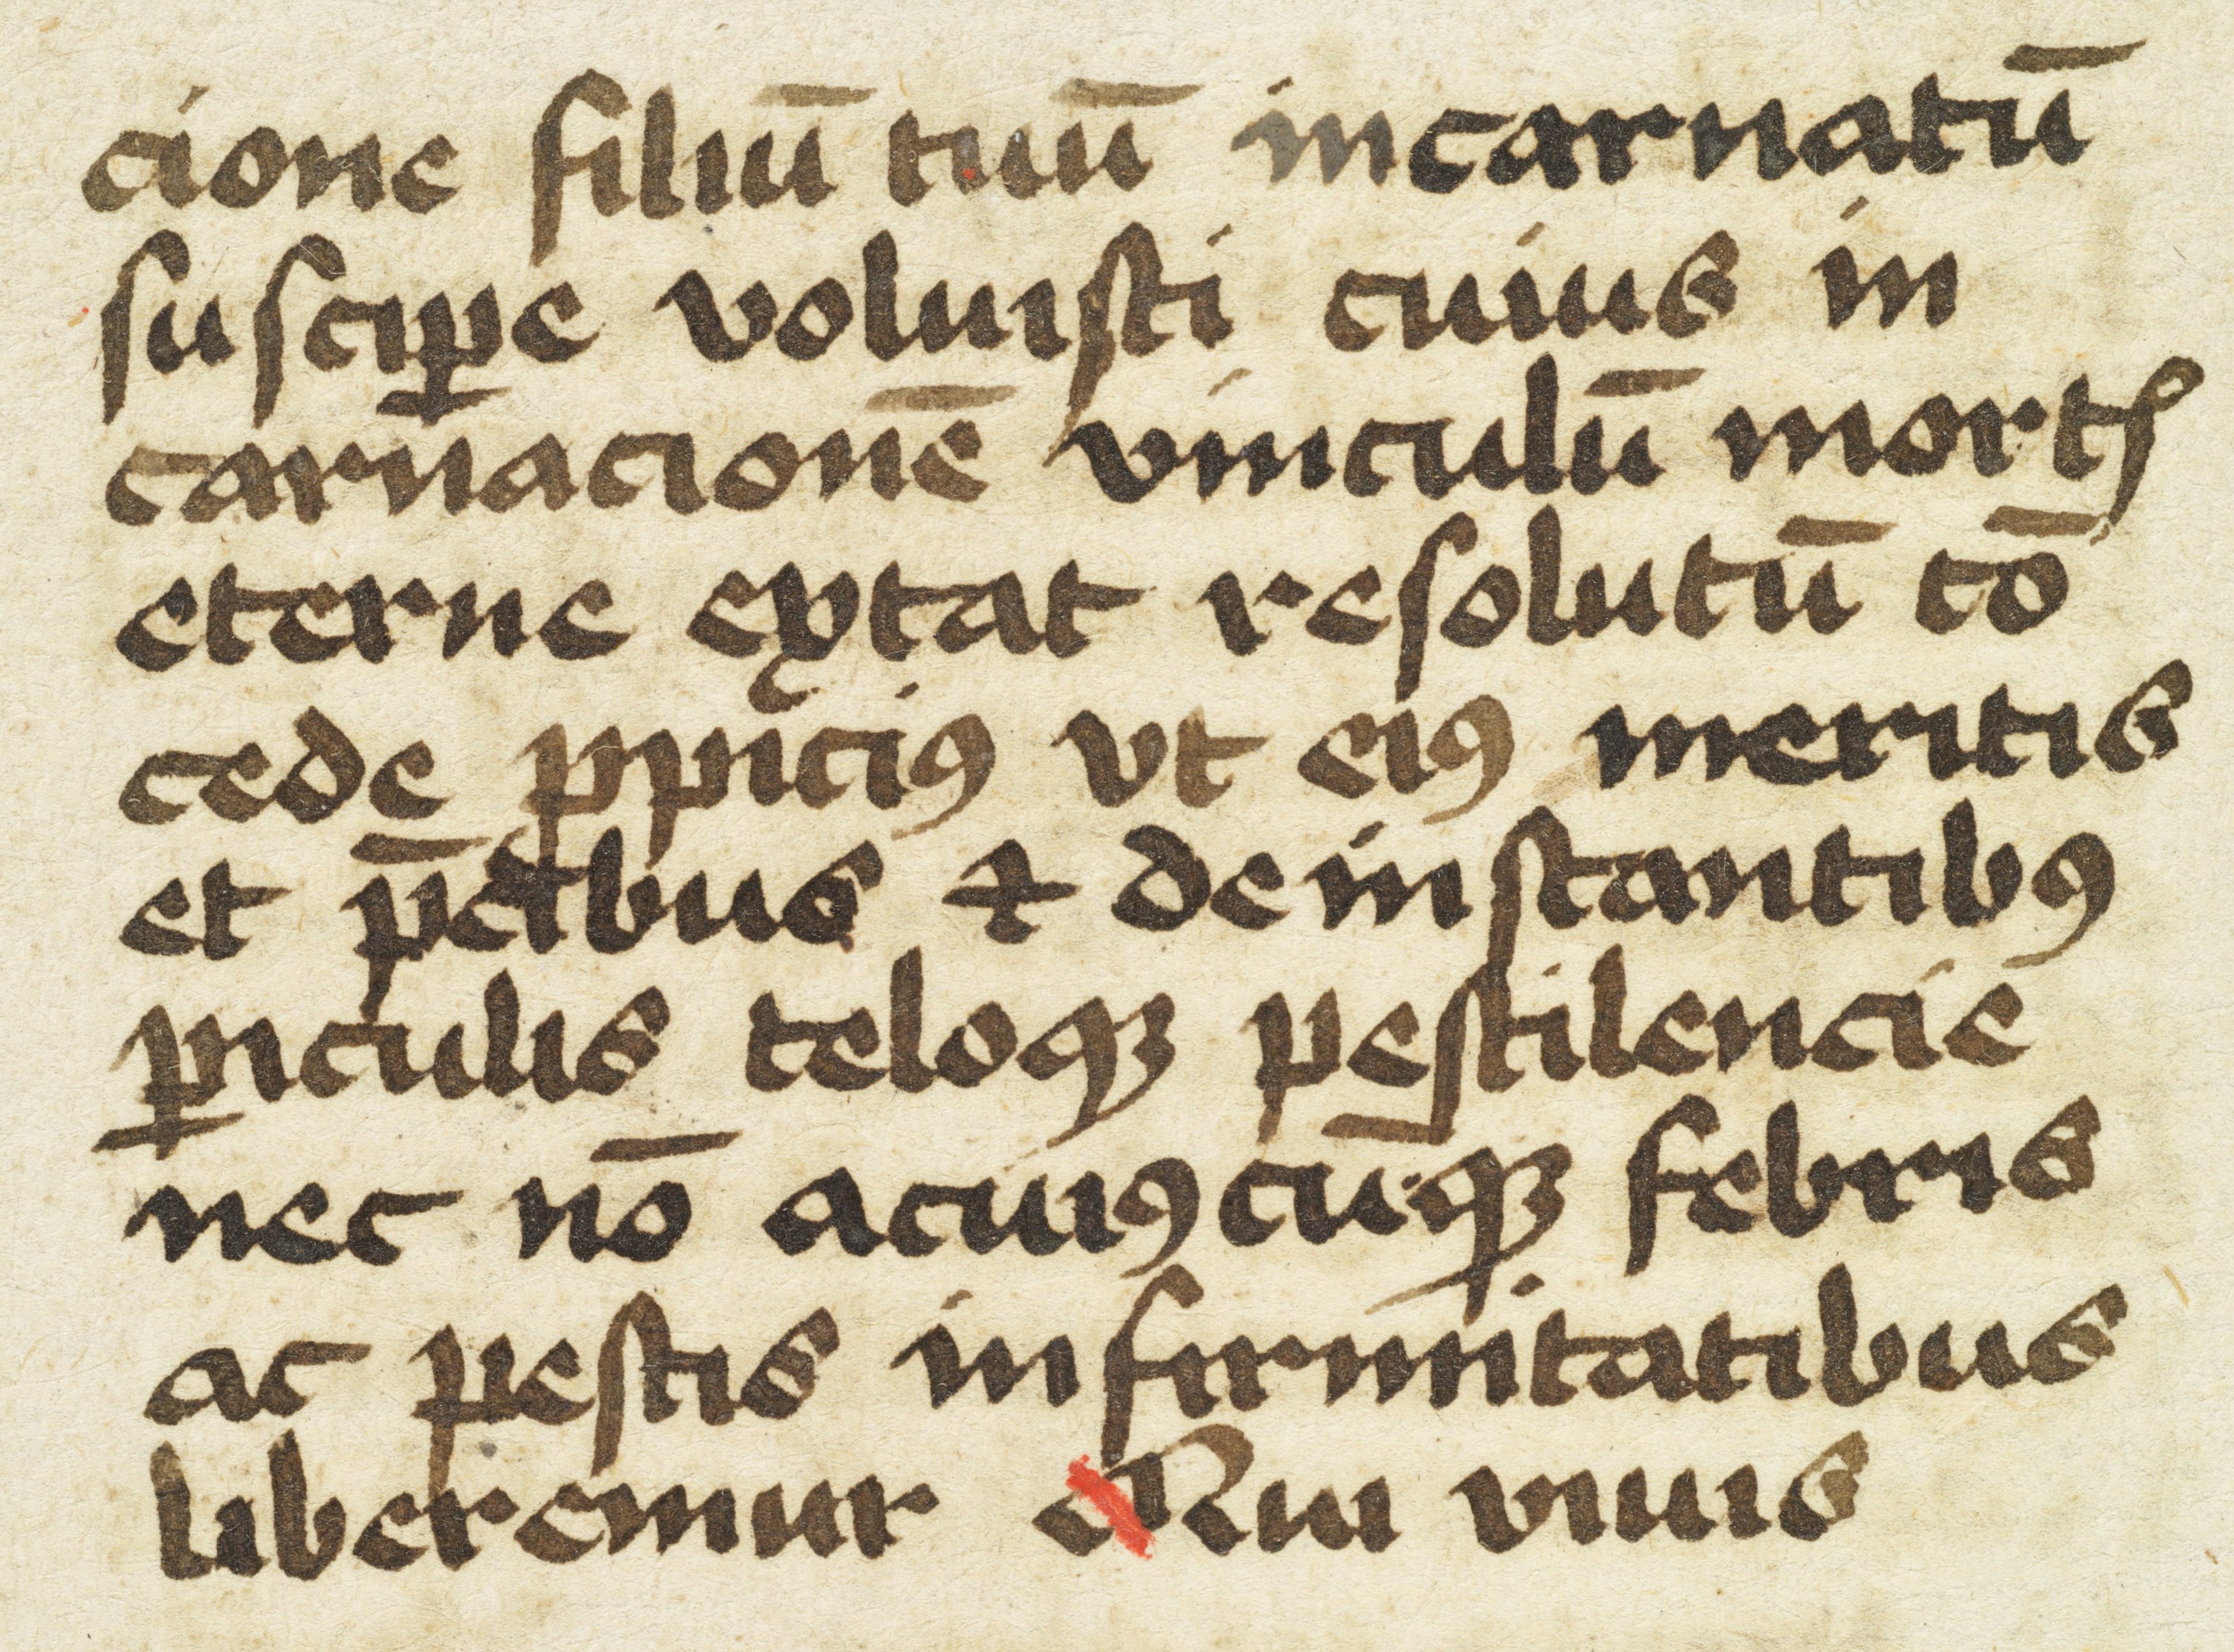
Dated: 1450–1499